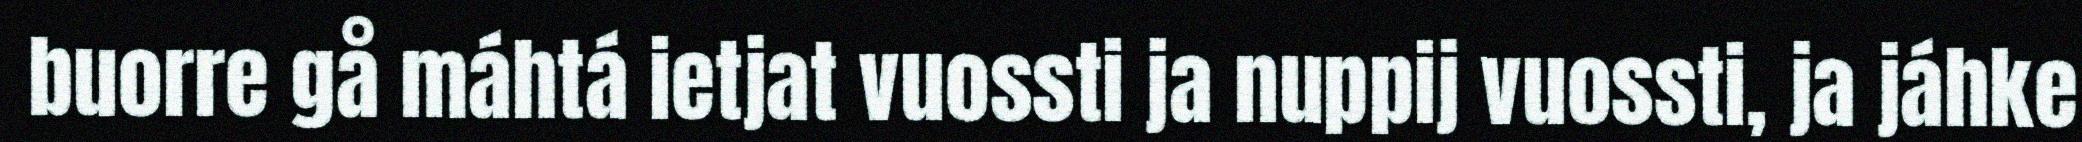
buorre gå máhtá ietjat vuossti ja nuppij vuossti, ja jáhke